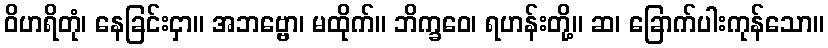
ဝိဟရိတုံ၊ နေခြင်းငှာ။ အဘဗ္ဗော၊ မထိုက်။ ဘိက္ခဝေ၊ ရဟန်းတို့။ ဆ၊ ခြောက်ပါးကုန်သော။